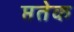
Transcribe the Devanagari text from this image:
प्ततेक